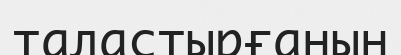
таластырғанын